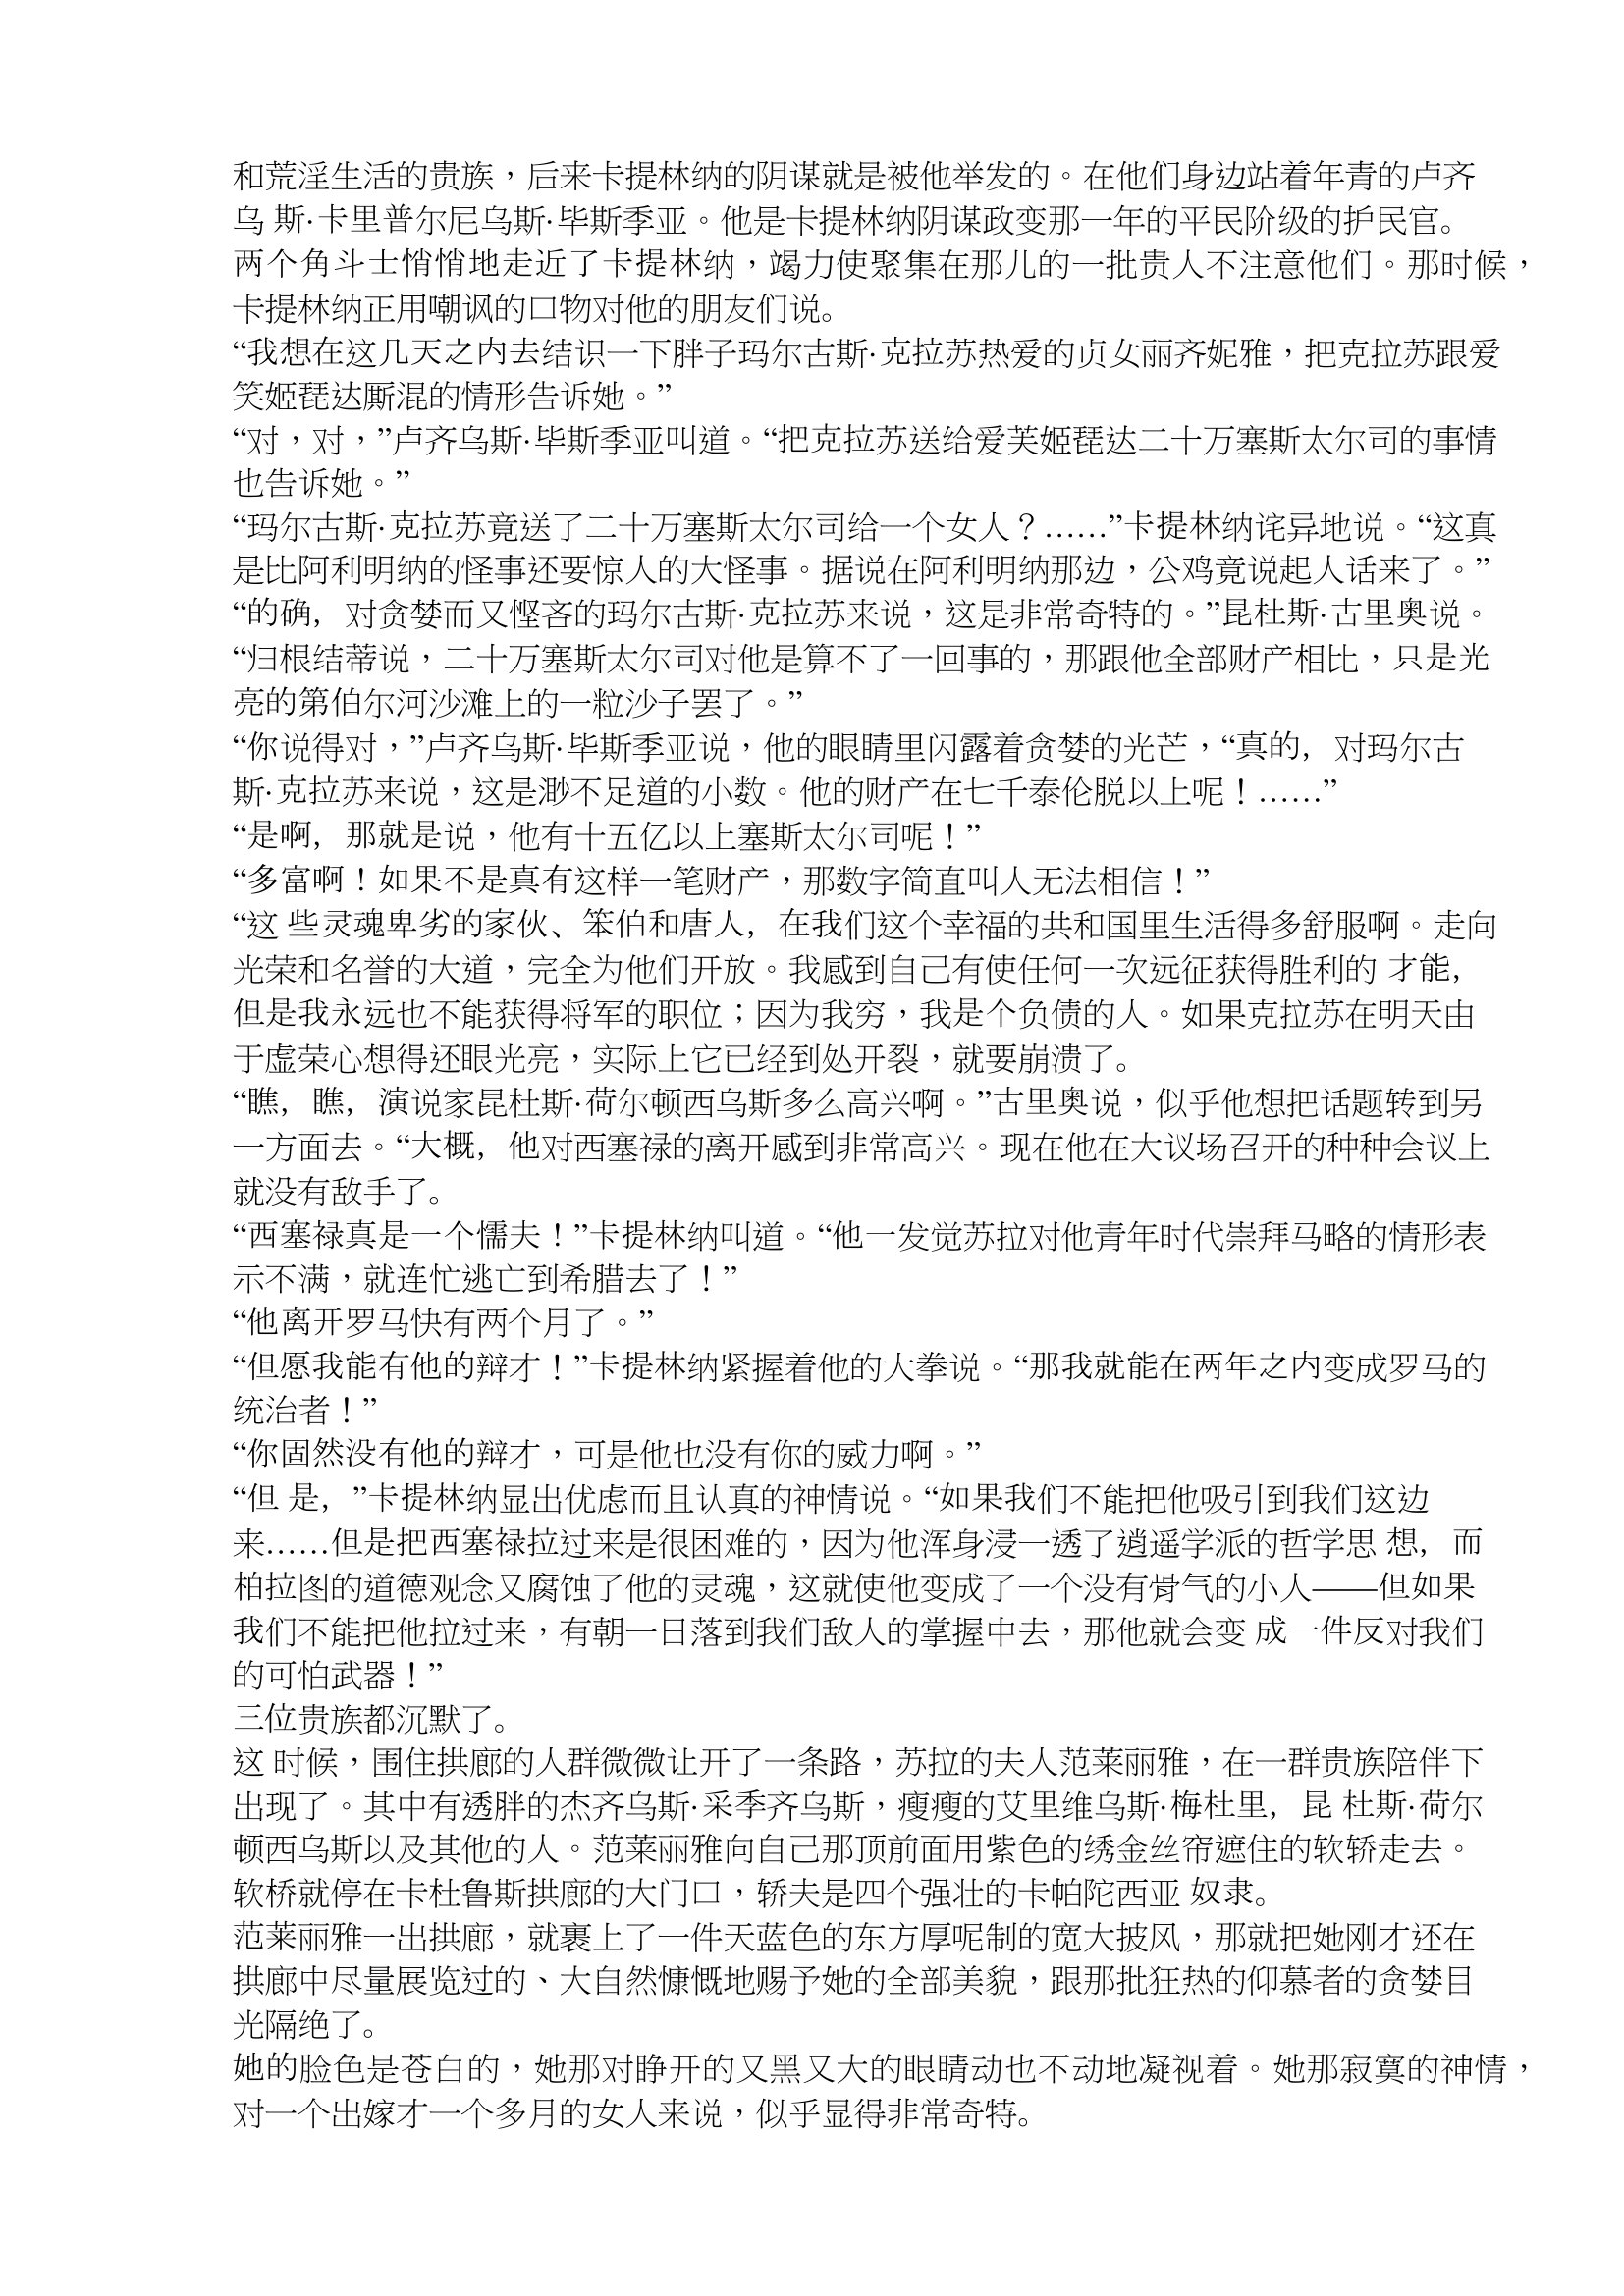
Language: zh